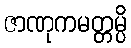
ဇာဏုကမတ္တမ္ပိ